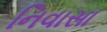
નિવાસા